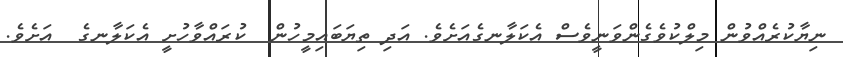
ނިޔާކުރެއްވުން މިލްކުވެގެންވަނީވެސް އެކަލާނގެއަށެވެ. އަދި ތިޔަބައިމީހުން  ކުރައްވާހުށީ އެކަލާނގެ  އަށެވެ.